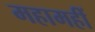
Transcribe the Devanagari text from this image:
महामहीं